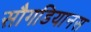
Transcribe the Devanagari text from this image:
सौगडियानस